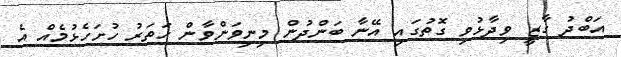
އަބްދު ގާޒީ ވިދާޅުވި ގޮތުގައި އޭނާ ބަންދުން މިނިވަންވާން ހަތަރު ހުށަހެޅުމެއް އެ